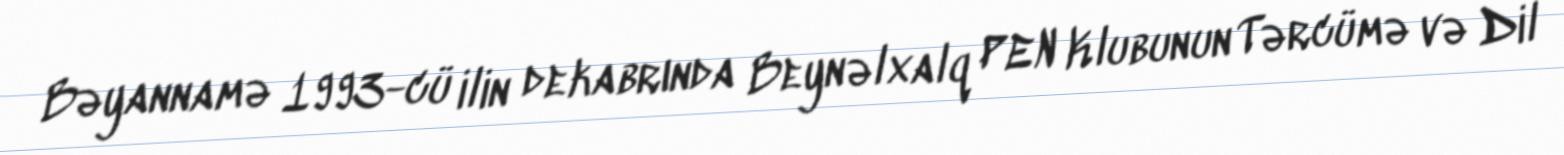
Bəyannamə 1993-cü ilin dekabrında Beynəlxalq PEN Klubunun Tərcümə və Dil